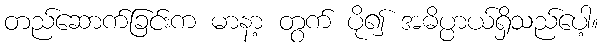
တည်ဆောက်ခြင်းက မာနာ့ တွက် ပို၍ အဓိပ္ပာယ်ရှိသည်ပေါ့။